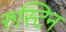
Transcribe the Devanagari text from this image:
रुस्टिन